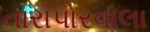
તારાપોરવાલા